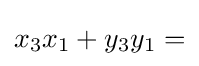
x_{3}x_{1}+y_{3}y_{1}=